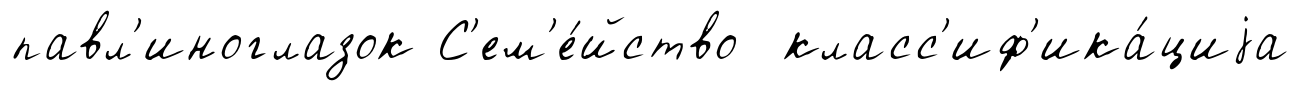
павл'иноглазок С'ем'е́йство класс'иф'ика́циjа